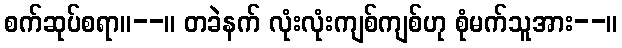
စက်ဆုပ်စရာ။--။ တခဲနက် လုံးလုံးကျစ်ကျစ်ဟု စုံမက်သူအား--။